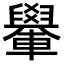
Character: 𨏐